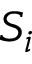
S _ { i }